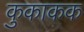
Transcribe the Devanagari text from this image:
कुकाकक